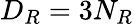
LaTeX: D_{R}=3N_{R}